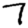
Digit: 7